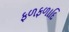
ફળફળાદિ